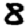
Digit: 8